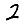
Digit: 2